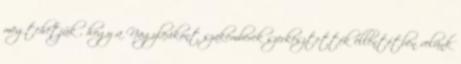
megtehetjük , hogy a Nagylexikont szakemberek szerkesztették ellentétben velünk